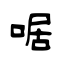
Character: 啹